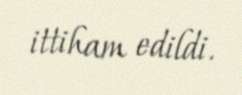
ittiham edildi.